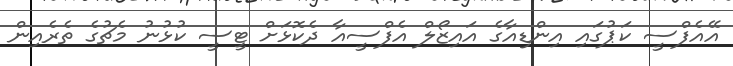
އޭއެފްސީ ކަޕުގައި އިންޑިއާގެ އައިޒޯލް އެފްސީއާ ދެކޮޅަށް ޓީސީ ކުޅުނު މެޗުގެ ތެރެއިން